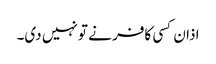
اذان کسی کافر نے تو نہیں دی۔